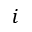
i